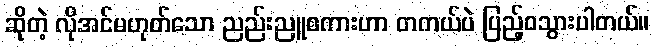
ဆိုတဲ့ လိုအင်မဟုတ်သော ညည်းညူစကားဟာ တကယ်ပဲ ပြည့်ဝသွားပါတယ်။